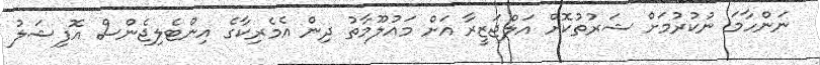
ނަންހާމަ ނުކުރުމަށް ޝަރުތުކޮށް އަލްޖަޒީރާ އަށް މައުލޫމާތު ދިން އެމެރިކާގެ އިންޓެލިޖެންސް އޮފިޝަލު